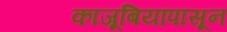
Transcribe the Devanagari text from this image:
काजूबियांपासून